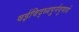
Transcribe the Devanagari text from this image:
वईविद्ध्यपूर्नवुमाये